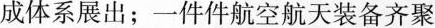
成体系展出；一件件航空航天装备齐聚